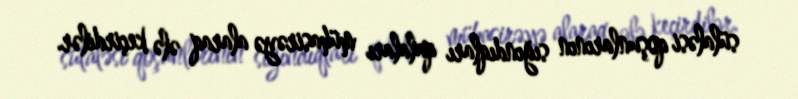
sülaləsi qoşunlarının sığındıqları qalaları mühasirəyə alaraq ələ keçirdilər.